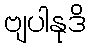
ဗျပါနုဒိ